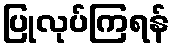
ပြုလုပ်ကြရန်